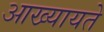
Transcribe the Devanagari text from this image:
आख्यायते